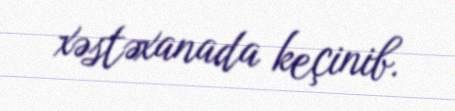
xəstəxanada keçinib.